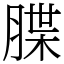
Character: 䐑